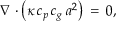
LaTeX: \nabla \cdot \left( { \boldsymbol { \kappa } } \, c _ { p } \, c _ { g } \, a ^ { 2 } \right) \, = \, 0 ,